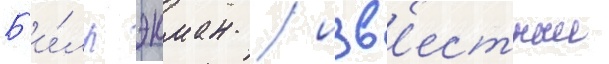
Б'и́лл экман / изв'естныи